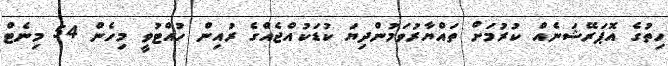
ހިތުގެ އޮޕަރޭޝަނެއް ކުރުމަށް ތައްޔާރުވަމުންދިޔަ ކުޑަކުއްޖެއްގެ ރުއިން ހުއްޓުވީ މިހެން 54 މިނެޓް